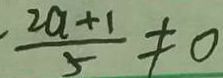
\frac { 2 a + 1 } { 5 } \neq 0